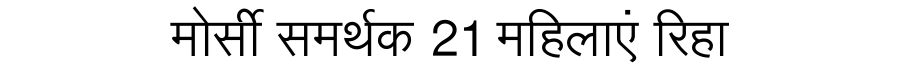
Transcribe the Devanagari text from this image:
मोर्सी समर्थक 21 महिलाएं रिहा